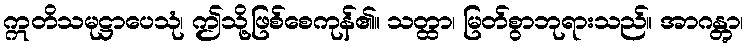
ဣတိသမုဋ္ဌာပေသုံ၊ ဤသို့ဖြစ်စေကုန်၏။ သတ္ထာ၊ မြတ်စွာဘုရားသည်။ အာဂန္တွာ၊